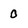
Character: 0